Indian journal of veterinary science and animal husbandry - Volume 1,
Year: 1931
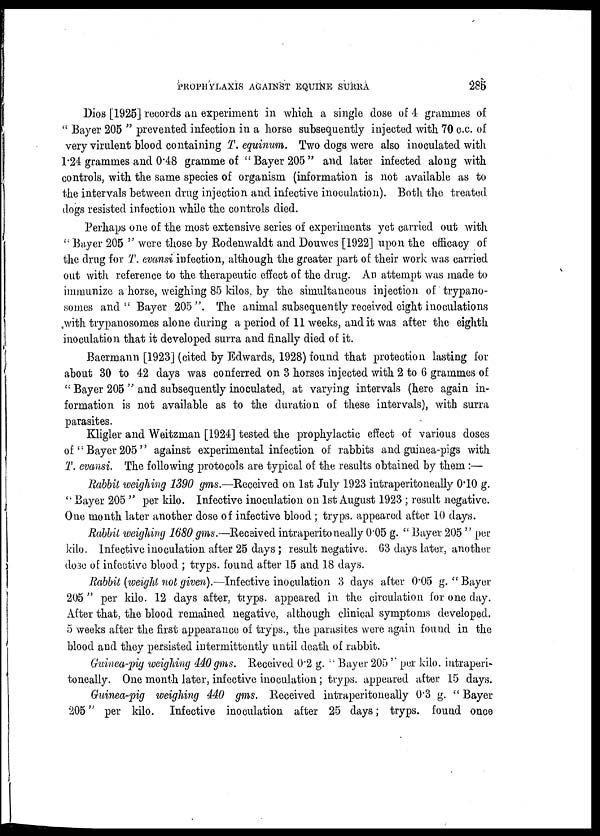
PROPHYLAXIS AGAINST EQUINE SURRA
285
Dios [1925] records an experiment in which a single dose of 4 grammes of
" Bayer 205 " prevented infection in a horse subsequently injected with 70 c.c. of
very virulent blood containing T. equinum. Two dogs were also inoculated with
1.24 grammes and 0.48 gramme of " Bayer 205 " and later infected along with
controls, with the same species of organism (information is not available as to
the intervals between drug injection and infective inoculation). Both the treated
dogs resisted infection while the controls died.
Perhaps one of the most extensive series of experiments yet carried out with
" Bayer 205 " were those by Rodenwaldt and Douwes [1922] upon the efficacy of
the drug for T. evansi infection, although the greater part of their work was carried
out with reference to the therapeutic effect of the drug. An attempt was made to
immunize a horse, weighing 85 kilos, by the simultaneous injection of trypano¬
somes and " Bayer 205 ". The animal subsequently received eight inoculations
with trypanosomes alone during a period of 11 weeks, and it was after the eighth
inoculation that it developed surra and finally died of it.
Baermann [1923] (cited by Edwards, 1928) found that protection lasting for
about 30 to 42 days was conferred on 3 horses injected with 2 to 6 grammes of
" Bayer 205 " and subsequently inoculated, at varying intervals (here again in-
formation is not available as to the duration of these intervals), with surra
parasites.
Kligler and Weitzman [1924] tested the prophylactic effect of various doses
of "Bayer 205" against experimental infection of rabbits and guinea-pigs with
T. evansi. The following protocols are typical of the results obtained by them :—
Rabbit weighing 1390 gms.—Received on 1st July 1923 intraperitoneally 0.10 g.
" Bayer 205 " per kilo. Infective inoculation on 1st August 1923 ; result negative.
One month later another dose of infective blood ; tryps. appeared after 10 days.
Rabbit weighing 1680 gms.—Received intraperitoneally 0.05 g. " Bayer 205 "per
kilo. Infective inoculation after 25 days ; result negative. 63 days later, another
dose of infective blood ; tryps. found after 15 and 18 days.
Rabbit (weight not given).—Infective inoculation 3 days after 0.05 g. " Bayer
205 " per kilo. 12 days after, tryps. appeared in the circulation for one day.
After that, the blood remained negative, although clinical symptoms developed.
5 weeks after the first appearance of tryps., the parasites were again found in the
blood and they persisted intermittently until death of rabbit.
Guinea-pig weighing 440gms. Received 0.2 g. " Bayer 205 " per kilo. intraperi-
toneally. One month later, infective inoculation; tryps. appeared after 15 days.
Guinea-pig weighing 440 gms. Received intraperitoneally 0.3 g. " Bayer
205" per kilo. Infective inoculation after 25 days; tryps. found once